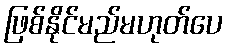
ဖြစ်နိုင်မည်မဟုတ်ပေ